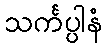
သင်္ကပ္ပါနံ